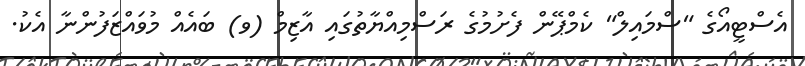
އެސްޓީއޯގެ "ސްމައިލް" ކެމްޕޭން ފެށުމުގެ ރަސްމިއްޔާތުގައި އާޒިމް (ވ) ބައެއް މުވައްޒަފުންނާ އެކު.